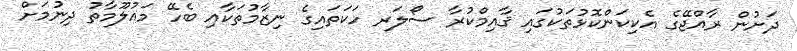
ދަށުން ރާއްޖޭގެ އެކިކަންކޮޅުތަކުގައި ޤާއިމްކުރާ ސޯލަރ ހަކަތައިގެ ނިޒާމުތަކާއި ބެހޭ މައުލޫމާތު ދިނުމަށް